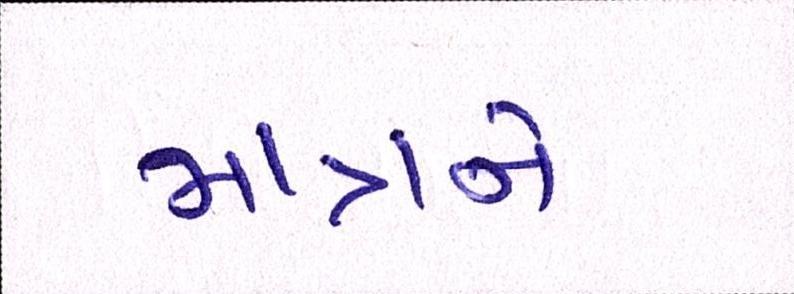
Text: માત્રને